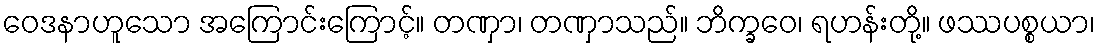
ဝေဒနာဟူသော အကြောင်းကြောင့်။ တဏှာ၊ တဏှာသည်။ ဘိက္ခဝေ၊ ရဟန်းတို့။ ဖဿပစ္စယာ၊